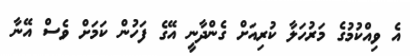
އެ ވިއްކުމުގެ މަރުހަލާ ކުރިއަށް ގެންދާނީ އޭގެ ފަހުން ކަމަށް ވެސް އޭނާ